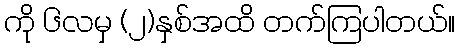
ကို ၆လမှ (၂)နှစ်အထိ တက်ကြပါတယ်။